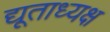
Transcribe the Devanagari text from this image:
द्यूताध्यक्ष